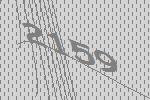
2159